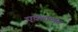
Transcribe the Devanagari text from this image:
एकलव्यन